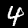
Digit: 4